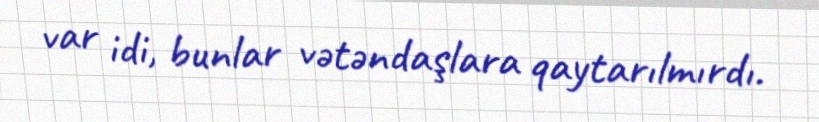
var idi, bunlar vətəndaşlara qaytarılmırdı.